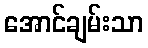
အောင်ချမ်းသာ